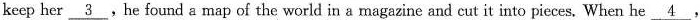
keep her\underline{3}.He found a map of the world in a magazine and cut it into pieces. When he\underline{4}.